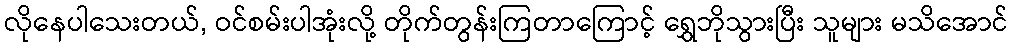
လိုနေပါသေးတယ်, ဝင်စမ်းပါအုံးလို့ တိုက်တွန်းကြတာကြောင့် ရွှေဘိုသွားပြီး သူများ မသိအောင်